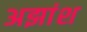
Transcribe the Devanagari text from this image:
अझांश